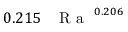
0 . 2 1 5 \, \mathrm { ~ \textit ~ { ~ R ~ a ~ } ~ } ^ { 0 . 2 0 6 }